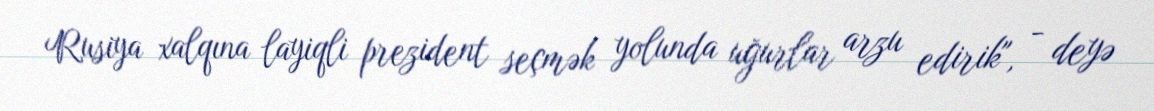
Rusiya xalqına layiqli prezident seçmək yolunda uğurlar arzu edirik", - deyə